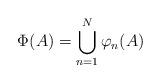
LaTeX: \begin{align*} \Phi(A) = \bigcup_{n=1}^N \varphi_n(A)\end{align*}